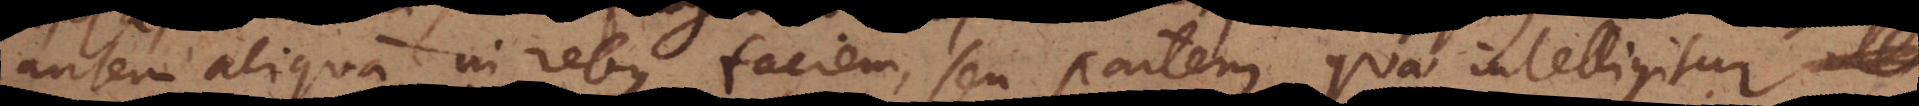
autem aliquam in rebus faciem, seu partem quae intelligitur